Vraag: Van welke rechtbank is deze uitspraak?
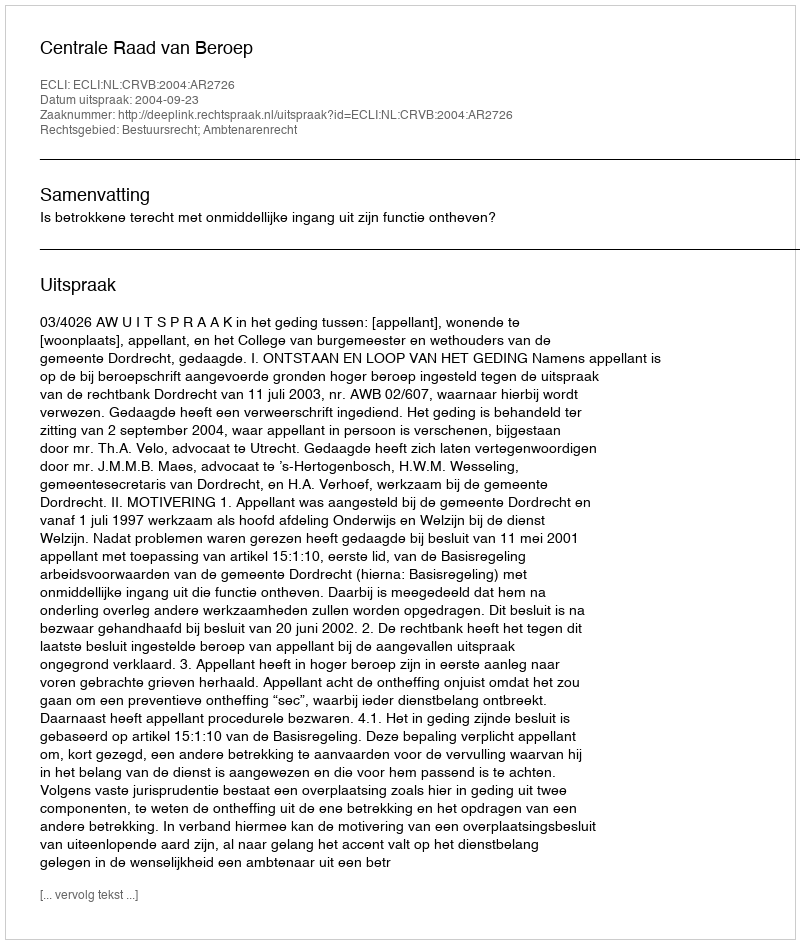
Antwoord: Centrale Raad van Beroep